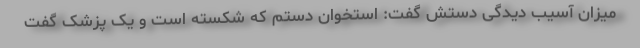
میزان آسیب دیدگی دستش گفت: استخوان دستم که شکسته است و یک پزشک گفت